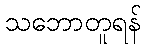
သဘောတူရန်